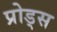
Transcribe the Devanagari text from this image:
प्रोड्स